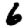
Digit: 6